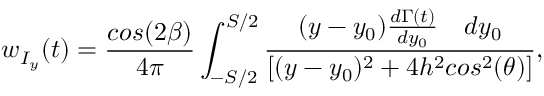
w _ { I _ { y } } ( t ) = \frac { c o s ( 2 \beta ) } { 4 \pi } \int _ { - S / 2 } ^ { S / 2 } \frac { ( y - y _ { 0 } ) \frac { d \Gamma ( t ) } { d y _ { 0 } } \quad { d y _ { 0 } } } { [ ( y - y _ { 0 } ) ^ { 2 } + 4 h ^ { 2 } c o s ^ { 2 } ( \theta ) ] } ,